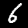
Digit: 6